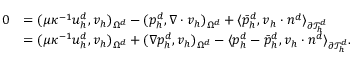
\begin{array} { r l } { 0 } & { = ( \mu \kappa ^ { - 1 } u _ { h } ^ { d } , v _ { h } ) _ { \Omega ^ { d } } - ( p _ { h } ^ { d } , \nabla \cdot v _ { h } ) _ { \Omega ^ { d } } + \langle \bar { p } _ { h } ^ { d } , v _ { h } \cdot n ^ { d } \rangle _ { \partial \mathcal { T } _ { h } ^ { d } } } \\ & { = ( \mu \kappa ^ { - 1 } u _ { h } ^ { d } , v _ { h } ) _ { \Omega ^ { d } } + ( \nabla p _ { h } ^ { d } , v _ { h } ) _ { \Omega ^ { d } } - \langle p _ { h } ^ { d } - \bar { p } _ { h } ^ { d } , v _ { h } \cdot n ^ { d } \rangle _ { \partial \mathcal { T } _ { h } ^ { d } } . } \end{array}